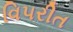
વિ૫રીત